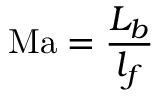
\mathrm { M a } = { \frac { L _ { b } } { l _ { f } } }